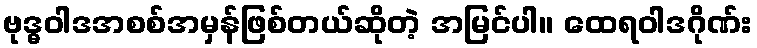
ဗုဒ္ဓဝါဒအစစ်အမှန်ဖြစ်တယ်ဆိုတဲ့ အမြင်ပါ။ ထေရဝါဒဂိုဏ်း